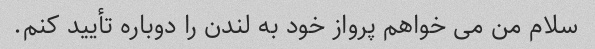
سلام من می خواهم پرواز خود به لندن را دوباره تأیید کنم.